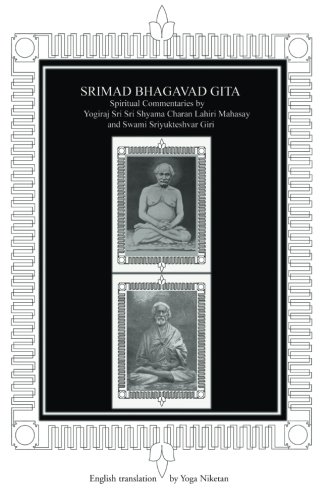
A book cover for Srimad Bhagavad Gita: Spiritual Commentaries by Yogiraj Lahiri Mahasay and Swami Sriyukteshvar, English translation; Yoga Niketan; Religion & Spirituality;